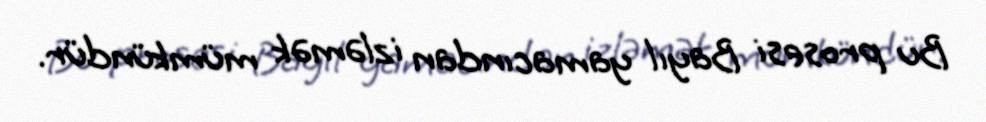
Bu prosesi Bayıl yamacından izləmək mümkündür.